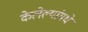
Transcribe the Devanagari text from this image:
केलेल्यांमधे